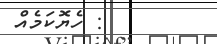
: ހެޔޮކަމެއް